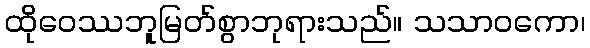
ထိုဝေဿဘူမြတ်စွာဘုရားသည်။ သသာဝကော၊